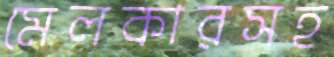
মেলকারসহ